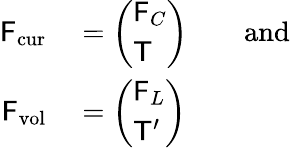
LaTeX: \begin{array}{rl}{\mathsf{F}_{\mathrm{cur}}}&{{}=\left(\begin{array}{l}{\mathsf{F}_{C}}\\ {\mathsf{T}}\end{array}\right)\qquad\mathrm{and}}\\ {\mathsf{F}_{\mathrm{vol}}}&{{}=\left(\begin{array}{l}{\mathsf{F}_{L}}\\ {\mathsf{T}^{\prime}}\end{array}\right)}\end{array}